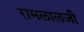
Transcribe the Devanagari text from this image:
रामलालजी